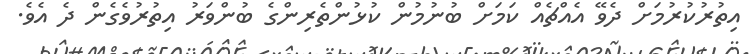
އިތުރުކުރުމަށް ދެވޭ އެއްޗެއް ކަމަށް ބުނުމުން ކުޅުންތެރިންގެ ބުންވަރު އިތުރުވެގެން ދެ އެވެ.